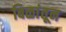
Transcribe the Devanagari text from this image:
बिळांतून